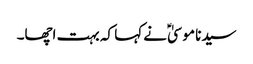
سیدنا موسیٰؑ نے کہا کہ بہت اچھا۔